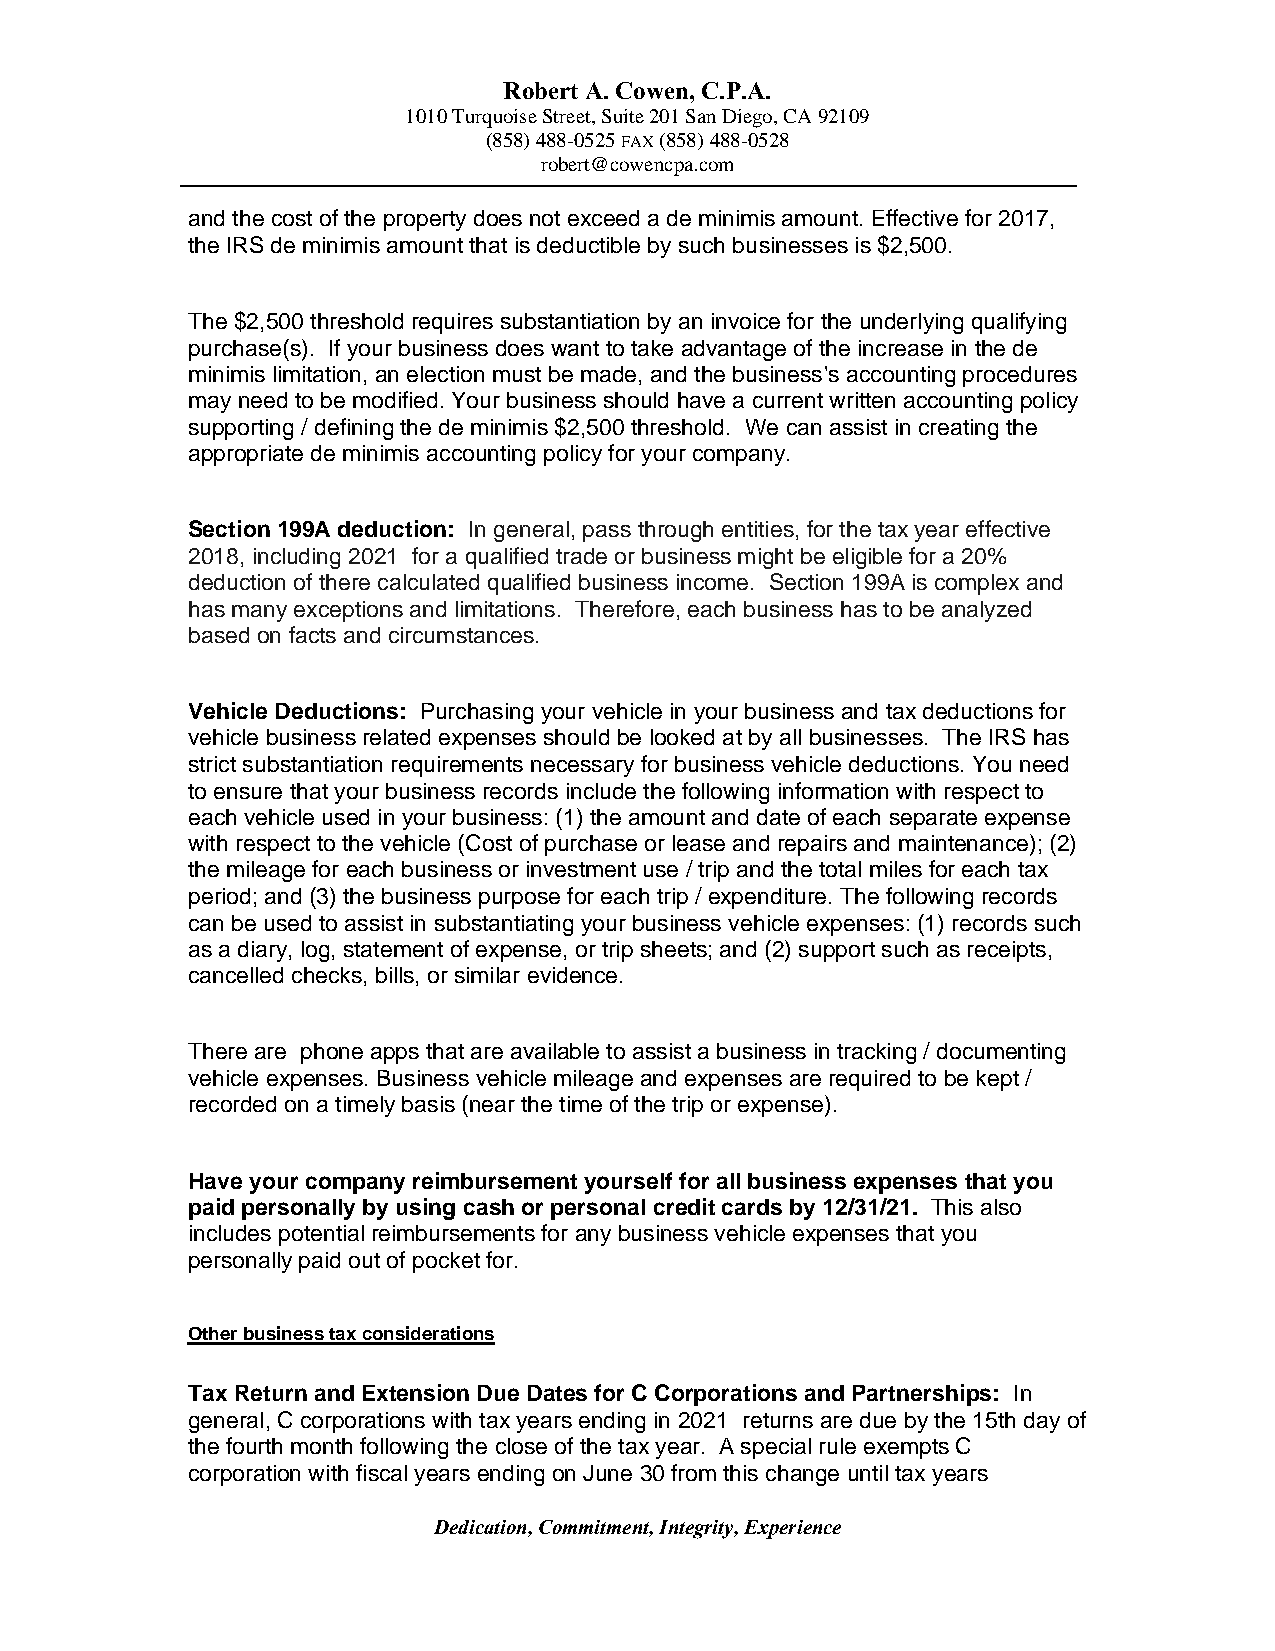
Robert A. Cowen, C.P.A.
 1010 Turquoise Street, Suite 201 San Diego, CA 92109
 (858) 488-0525 FAX (858) 488-0528
 robert@cowencpa.com
 and the cost of the property does not exceed a de minimis amount. Effective for 2017,
 the IRS de minimis amount that is deductible by such businesses is $2,500.
 The $2,500 threshold requires substantiation by an invoice for the underlying qualifying
 purchase(s). If your business does want to take advantage of the increase in the de
 minimis limitation, an election must be made, and the business's accounting procedures
 may need to be modified. Your business should have a current written accounting policy
 supporting / defining the de minimis $2,500 threshold. We can assist in creating the
 appropriate de minimis accounting policy for your company.
 Section 199A deduction: In general, pass through entities, for the tax year effective
 2018, including 2021 for a qualified trade or business might be eligible for a 20%
 deduction of there calculated qualified business income. Section 199A is complex and
 has many exceptions and limitations. Therefore, each business has to be analyzed
 based on facts and circumstances.
 Vehicle Deductions: Purchasing your vehicle in your business and tax deductions for
 vehicle business related expenses should be looked at by all businesses. The IRS has
 strict substantiation requirements necessary for business vehicle deductions. You need
 to ensure that your business records include the following information with respect to
 each vehicle used in your business: (1) the amount and date of each separate expense
 with respect to the vehicle (Cost of purchase or lease and repairs and maintenance); (2)
 the mileage for each business or investment use / trip and the total miles for each tax
 period; and (3) the business purpose for each trip / expenditure. The following records
 can be used to assist in substantiating your business vehicle expenses: (1) records such
 as a diary, log, statement of expense, or trip sheets; and (2) support such as receipts,
 cancelled checks, bills, or similar evidence.
 There are phone apps that are available to assist a business in tracking / documenting
 vehicle expenses. Business vehicle mileage and expenses are required to be kept /
 recorded on a timely basis (near the time of the trip or expense).
 Have your company reimbursement yourself for all business expenses that you
 paid personally by using cash or personal credit cards by 12/31/21. This also
 includes potential reimbursements for any business vehicle expenses that you
 personally paid out of pocket for.
 Other business tax considerations
 Tax Return and Extension Due Dates for C Corporations and Partnerships: In
 general, C corporations with tax years ending in 2021 returns are due by the 15th day of
 the fourth month following the close of the tax year. A special rule exempts C
 corporation with fiscal years ending on June 30 from this change until tax years
 Dedication, Commitment, Integrity, Experience